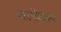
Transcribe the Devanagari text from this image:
क्लेवस